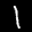
Label: 1